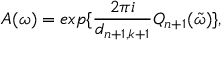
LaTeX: A ( \omega ) = e x p \{ \frac { 2 \pi i } { d _ { n + 1 , k + 1 } } Q _ { n + 1 } ( \tilde { \omega } ) \} ,